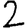
Digit: 2